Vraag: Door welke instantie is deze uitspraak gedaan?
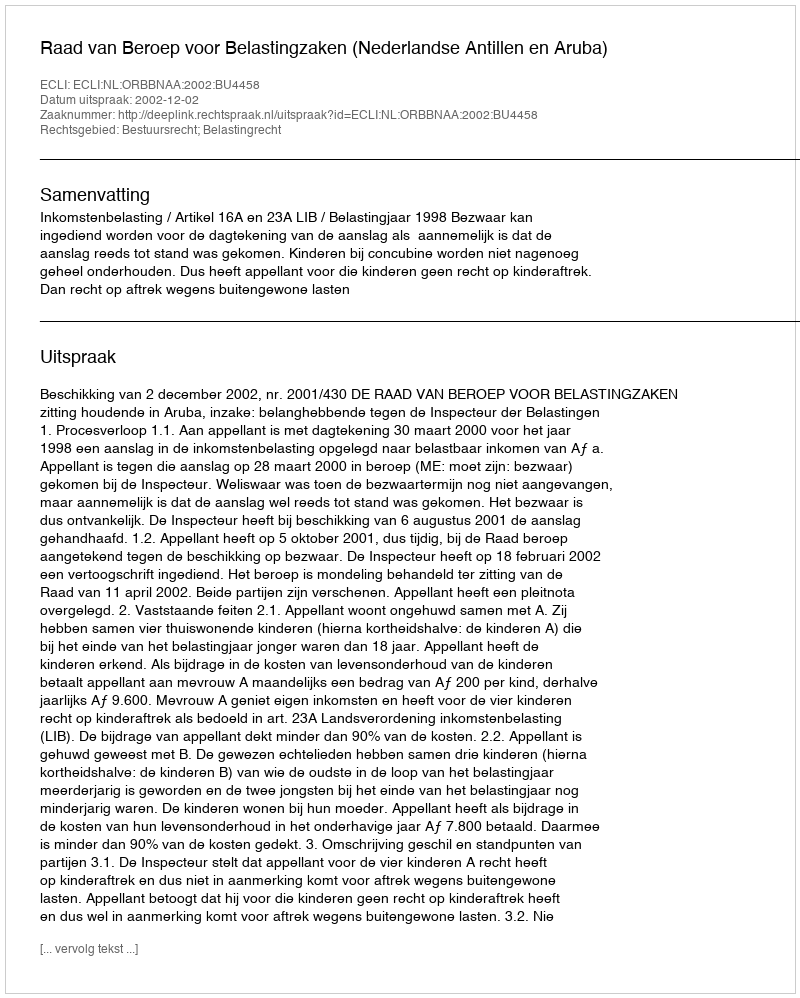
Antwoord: Raad van Beroep voor Belastingzaken (Nederlandse Antillen en Aruba)